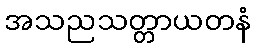
အသညသတ္တာယတနံ